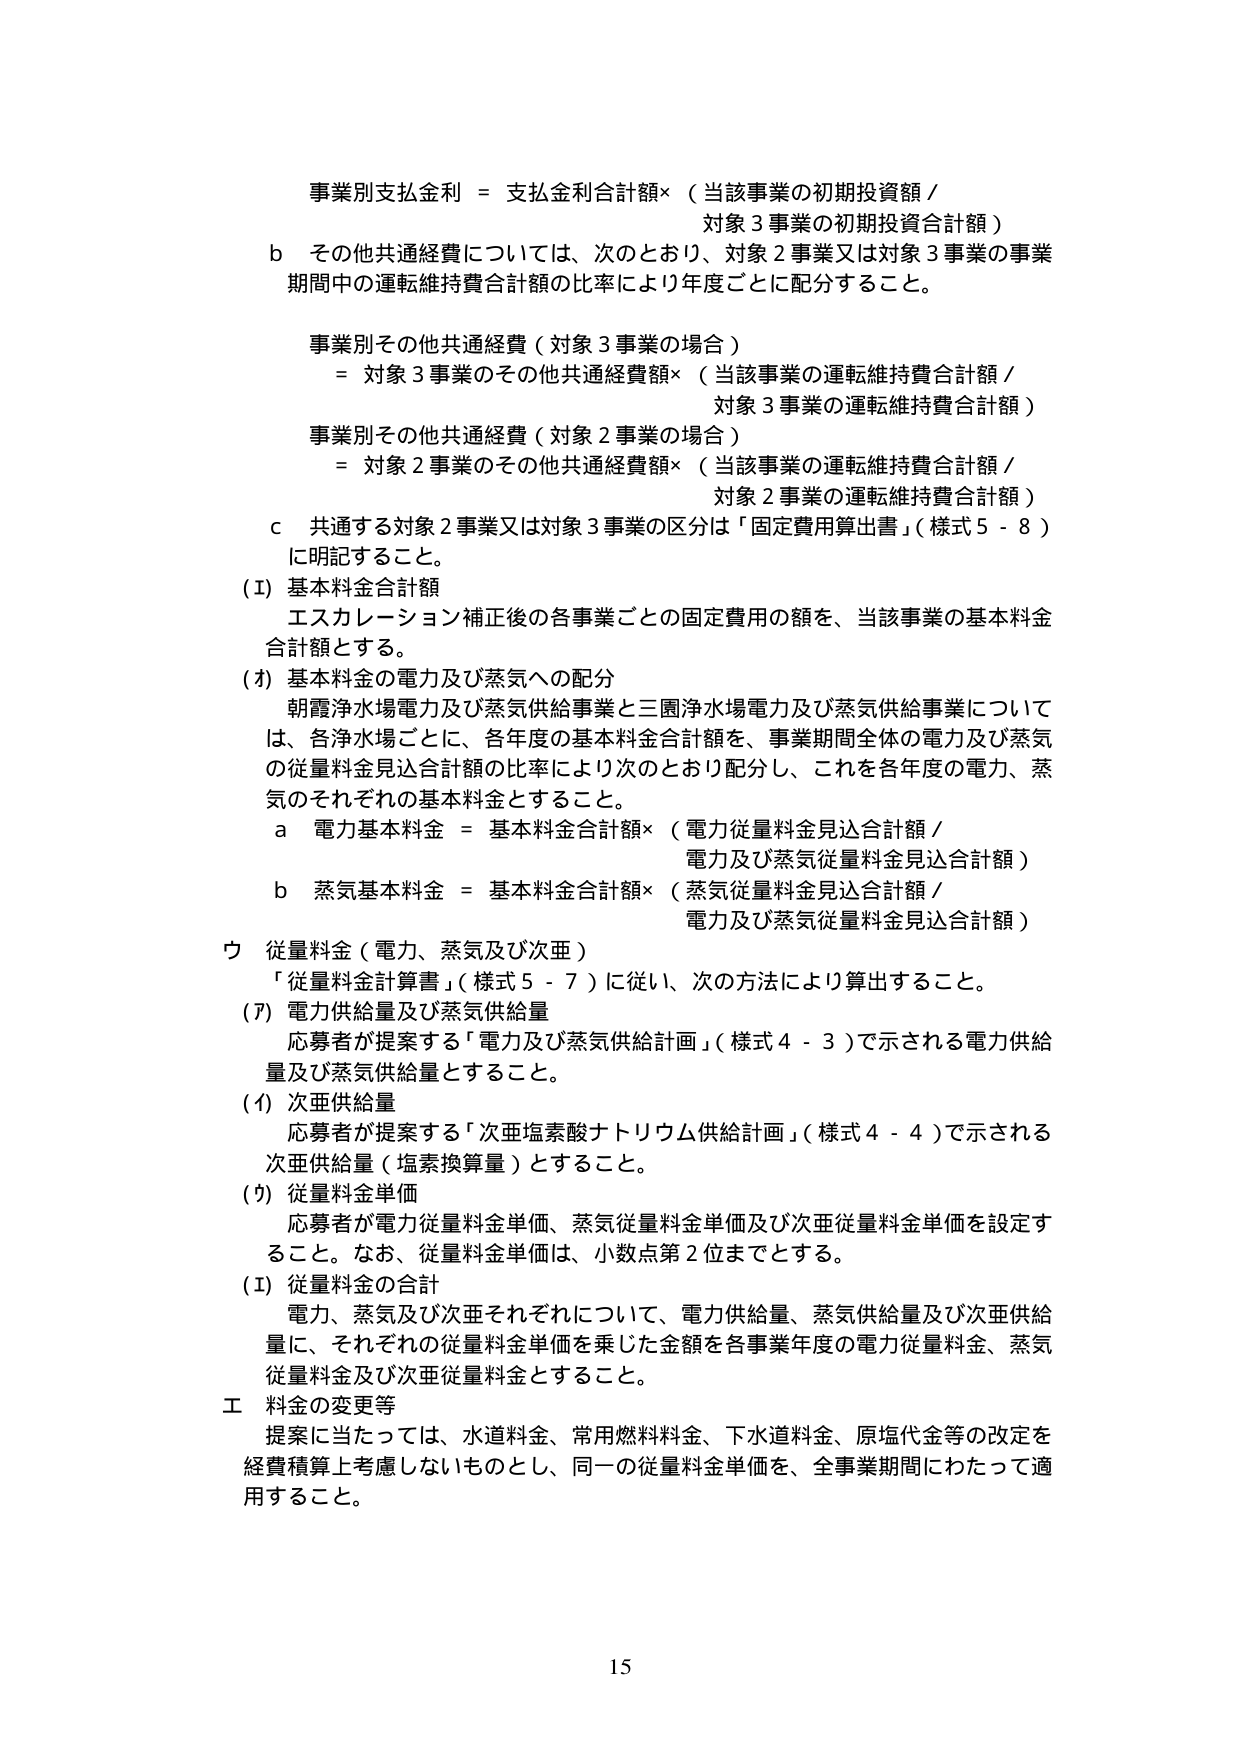
事業別支払金利 = 支払金利合計額×（当該事業の初期投資額／
対象３事業の初期投資合計額）

ｂ その他共通経費については、次のとおり、対象２事業又は対象３事業の事業
期間中の運転維持費合計額の比率により年度ごとに配分すること。

事業別その他共通経費（対象３事業の場合）
= 対象３事業のその他共通経費額×（当該事業の運転維持費合計額／
対象３事業の運転維持費合計額）

事業別その他共通経費（対象２事業の場合）
= 対象２事業のその他共通経費額×（当該事業の運転維持費合計額／
対象２事業の運転維持費合計額）

ｃ 共通する対象２事業又は対象３事業の区分は「固定費用算出書」（様式５－８）
に明記すること。

（Ⅰ）基本料金合計額
エスカレーション補正後の各事業ごとの固定費用の額を、当該事業の基本料金
合計額とする。

（ｵ）基本料金の電力及び蒸気への配分
朝霞浄水場電力及び蒸気供給事業と三園浄水場電力及び蒸気供給事業について
は、各浄水場ごとに、各年度の基本料金合計額を、事業期間全体の電力及び蒸気
の従量料金見込合計額の比率により次のとおり配分し、これを各年度の電力、蒸
気のそれぞれの基本料金とすること。

ａ 電力基本料金 = 基本料金合計額×（電力従量料金見込合計額／
電力及び蒸気従量料金見込合計額）

ｂ 蒸気基本料金 = 基本料金合計額×（蒸気従量料金見込合計額／
電力及び蒸気従量料金見込合計額）

ウ 従量料金（電力、蒸気及び次亜）
「従量料金計算書」（様式５－７）に従い、次の方法により算出すること。

（ｱ）電力供給量及び蒸気供給量
応募者が提案する「電力及び蒸気供給計画」（様式４－３）で示される電力供給
量及び蒸気供給量とすること。

（ｲ）次亜供給量
応募者が提案する「次亜塩素酸ナトリウム供給計画」（様式４－４）で示される
次亜供給量（塩素換算量）とすること。

（ｳ）従量料金単価
応募者が電力従量料金単価、蒸気従量料金単価及び次亜従量料金単価を設定す
ること。なお、従量料金単価は、小数点第２位までとする。

（ｴ）従量料金の合計
電力、蒸気及び次亜それぞれについて、電力供給量、蒸気供給量及び次亜供給
量に、それぞれの従量料金単価を乗じた金額を各事業年度の電力従量料金、蒸気
従量料金及び次亜従量料金とすること。

工 料金の変更等
提案に当たっては、水道料金、常用燃料料金、下水道料金、原塩代金等の改定を
経費積算上考慮しないものとし、同一の従量料金単価を、全事業期間にわたって適
用すること。

15